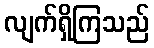
လျက်ရှိကြသည်